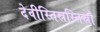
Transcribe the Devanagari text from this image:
देवीस्तिस्रस्तिस्रो